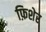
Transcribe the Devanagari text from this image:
फ़िशेर